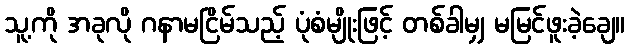
သူ့ကို အခုလို ဂနာမငြိမ်သည့် ပုံစံမျိုးဖြင့် တစ်ခါမျှ မမြင်ဖူးခဲ့ချေ။